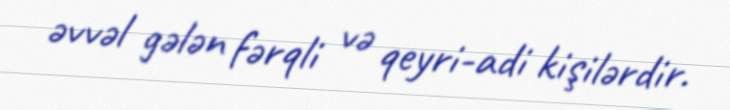
əvvəl gələn fərqli və qeyri-adi kişilərdir.